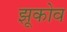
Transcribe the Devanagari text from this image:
झूकोव